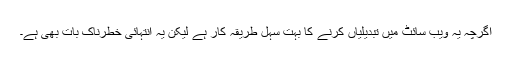
اگرچہ یہ ویب سائٹ میں تبدیلیاں کرنے کا بہت سہل طریقہ کار ہے لیکن یہ انتہائی خطرناک بات بھی ہے۔